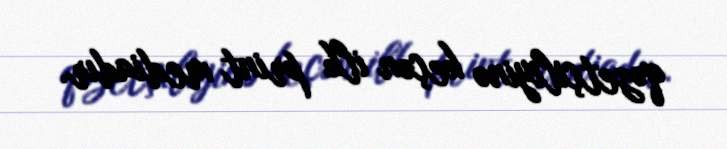
qəzetçiliyinə keçən ilk print mediadır.